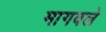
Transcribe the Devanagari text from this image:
मागवले